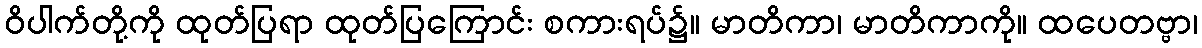
ဝိပါက်တို့ကို ထုတ်ပြရာ ထုတ်ပြကြောင်း စကားရပ်၌။ မာတိကာ၊ မာတိကာကို။ ထပေတဗ္ဗာ၊